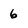
Character: 6